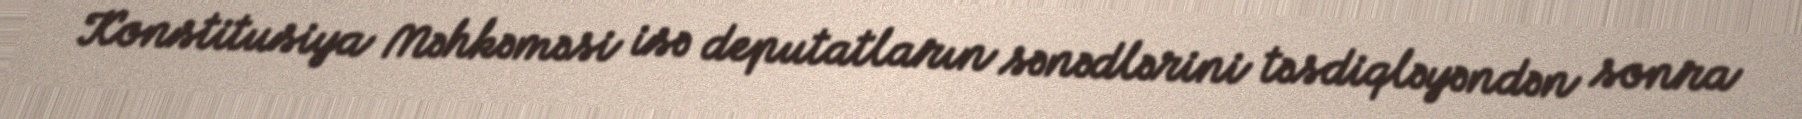
Konstitusiya Məhkəməsi isə deputatların sənədlərini təsdiqləyəndən sonra